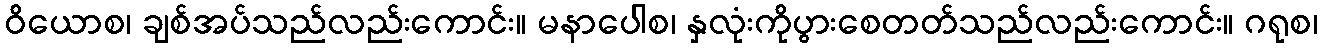
ဝိယောစ၊ ချစ်အပ်သည်လည်းကောင်း။ မနာပေါစ၊ နှလုံးကိုပွားစေတတ်သည်လည်းကောင်း။ ဂရုစ၊